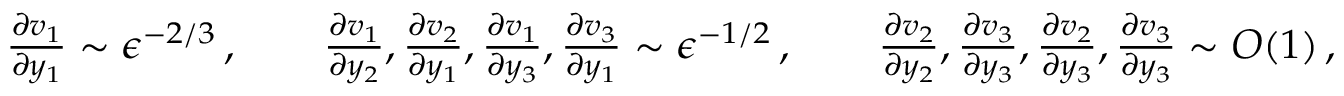
\begin{array} { r } { \frac { \partial v _ { 1 } } { \partial y _ { 1 } } \sim \epsilon ^ { - 2 / 3 } \, , \qquad \frac { \partial v _ { 1 } } { \partial y _ { 2 } } , \frac { \partial v _ { 2 } } { \partial y _ { 1 } } , \frac { \partial v _ { 1 } } { \partial y _ { 3 } } , \frac { \partial v _ { 3 } } { \partial y _ { 1 } } \sim \epsilon ^ { - 1 / 2 } \, , \qquad \frac { \partial v _ { 2 } } { \partial y _ { 2 } } , \frac { \partial v _ { 3 } } { \partial y _ { 3 } } , \frac { \partial v _ { 2 } } { \partial y _ { 3 } } , \frac { \partial v _ { 3 } } { \partial y _ { 3 } } \sim O ( 1 ) \, , \qquad \epsilon \to 0 \, , } \end{array}